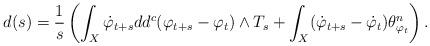
LaTeX: \begin{align*}d(s)= \frac{1}{s} \left( \int_X \dot{\varphi}_{t+s} dd^c (\varphi_{t+s}-\varphi_t) \wedge T_s + \int_X (\dot{\varphi}_{t+s}-\dot{\varphi}_t)\theta_{\varphi_t}^n\right).\end{align*}